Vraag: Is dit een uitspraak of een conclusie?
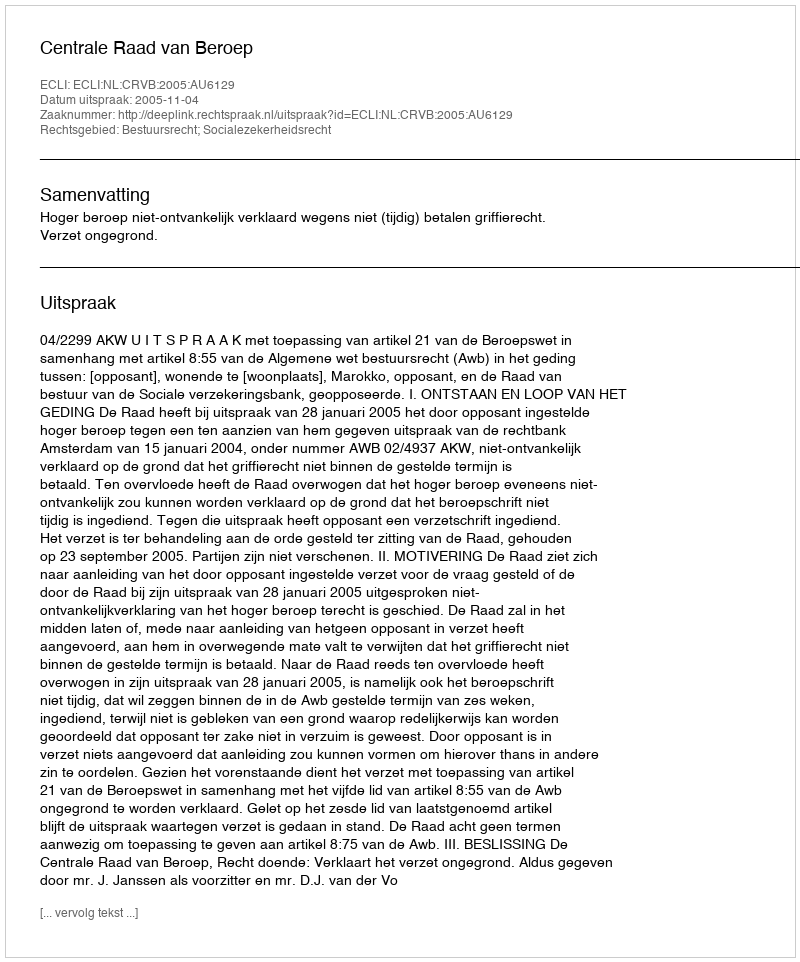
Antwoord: Uitspraak